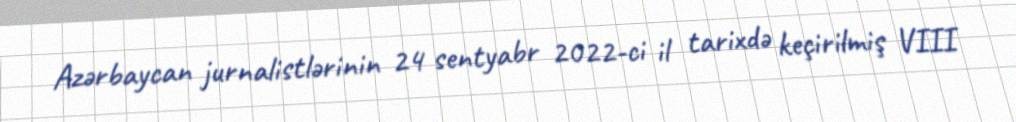
Azərbaycan jurnalistlərinin 24 sentyabr 2022-ci il tarixdə keçirilmiş VIII